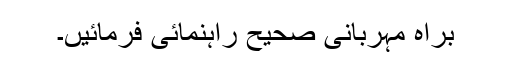
براہِ مہربانی صحیح راہنمائی فرمائیں۔